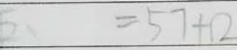
= 5 7 + 1 2